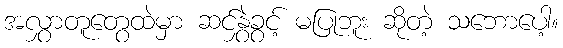
အလွှာတူတွေထဲမှာ ဆင်နွှဲခွင့် မပြုဘူး ဆိုတဲ့ သဘောပေါ့။